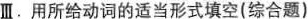
Ⅲ.用所给动词的适当形式填空(综合题)